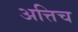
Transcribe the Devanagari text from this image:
अत्तिच